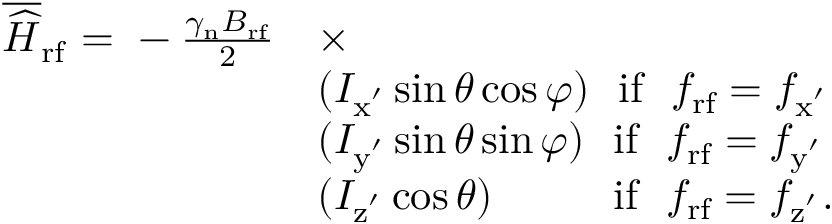
\begin{array} { r l } { \overline { { \widehat { H } } } _ { \mathrm { r f } } ~ { = } ~ - \frac { \gamma _ { \mathrm { n } } B _ { \mathrm { r f } } } { 2 } } & { \times } \\ & { ( I _ { \mathrm { x ^ { ' } } } \sin { \theta } \cos { \varphi } ) ~ ~ \mathrm { i f } ~ ~ f _ { \mathrm { r f } } = f _ { \mathrm { x ^ { ' } } } } \\ & { ( I _ { \mathrm { y ^ { ' } } } \sin { \theta } \sin { \varphi } ) ~ ~ \mathrm { i f } ~ ~ f _ { \mathrm { r f } } = f _ { \mathrm { y ^ { ' } } } } \\ & { ( I _ { \mathrm { z ^ { ' } } } \cos { \theta } ) ~ ~ ~ ~ ~ ~ ~ ~ \, \mathrm { i f } ~ ~ f _ { \mathrm { r f } } = f _ { \mathrm { z ^ { ' } } } . } \end{array}